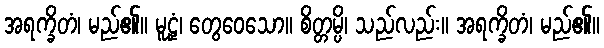
အရက္ခိတံ၊ မည်၏။ မူဠှံ၊ တွေဝေသော။ စိတ္တမ္ပိ၊ သည်လည်း။ အရက္ခိတံ၊ မည်၏။